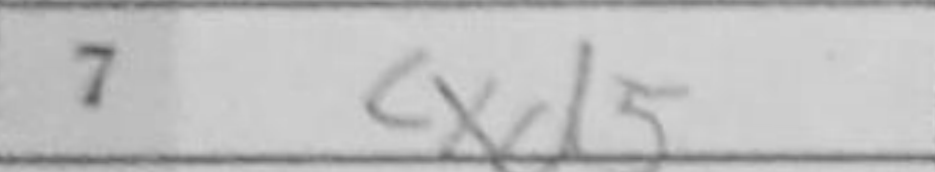
Transcription: cxd5